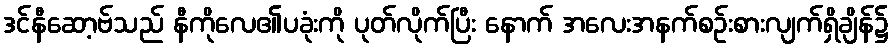
ဒင်နီဆော့ဗ်သည် နီကိုလေ၏ပခုံးကို ပုတ်လိုက်ပြီး နောက် အလေးအနက်စဉ်းစားလျက်ရှိချိန်၌